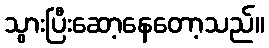
သွားပြီးဆော့နေတော့သည်။